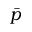
\bar { p }